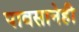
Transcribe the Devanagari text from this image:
पावसानेही